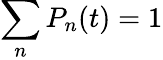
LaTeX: \sum_{n}P_{n}(t)=1